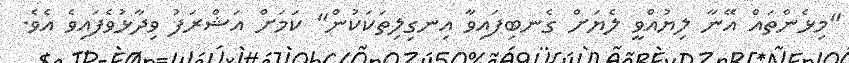
"މިޅެންތައް އޭނާ ލިޔުއްވީ ލެޔަށް ގެނބިފައިވާ އިނގިލިތަކަކުން" ކަމަށް އަޝްރަފު ވިދާޅުވެފައިވެ އެވެ.